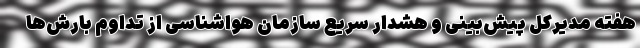
هفته مدیرکل پیش‌بینی و هشدار سریع سازمان هواشناسی از تداوم بارش‌ها